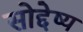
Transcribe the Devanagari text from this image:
सोद्देष्य